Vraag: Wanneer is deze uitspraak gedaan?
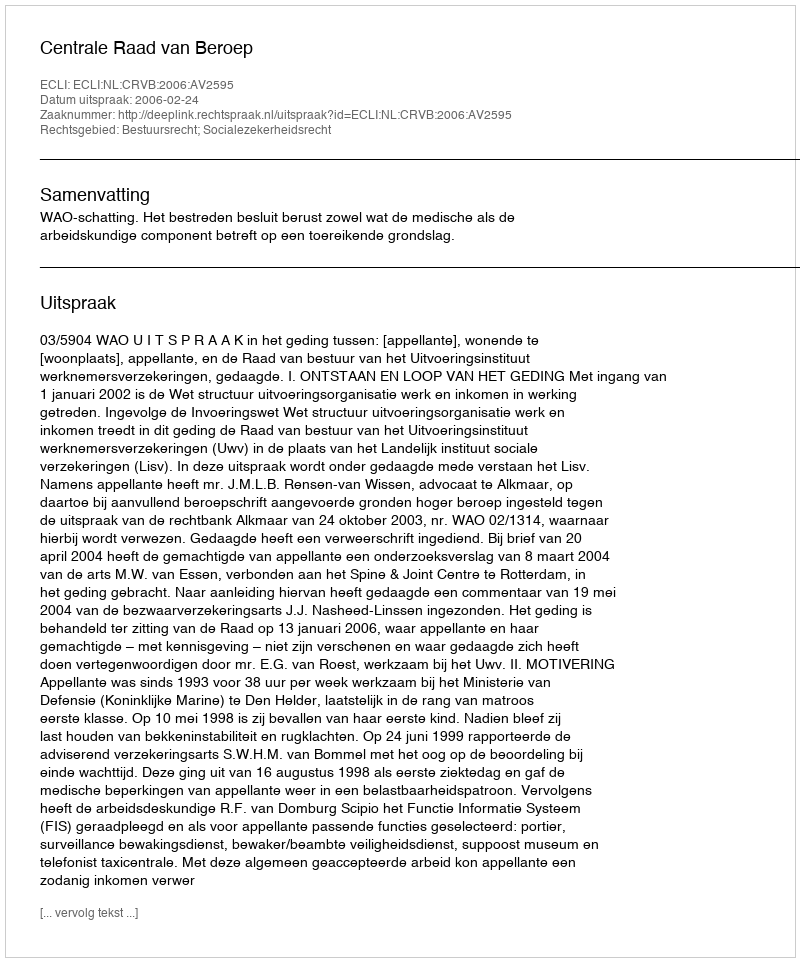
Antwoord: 2006-02-24